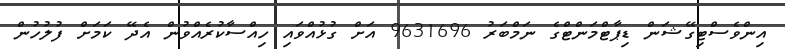
އިންވެސްޓިގޭޝަން ޑިޕާޓްމަންޓްގެ ނަމްބަރު 9631696 އަށް ގުޅުއްވައި ހިއްސާކުރެއްވުން އެދޭ ކަމަށް ފުލުހުން